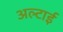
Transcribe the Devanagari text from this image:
अल्टाई